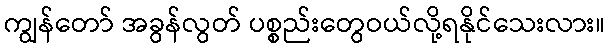
ကျွန်တော် အခွန်လွတ် ပစ္စည်းတွေဝယ်လို့ရနိုင်သေးလား။